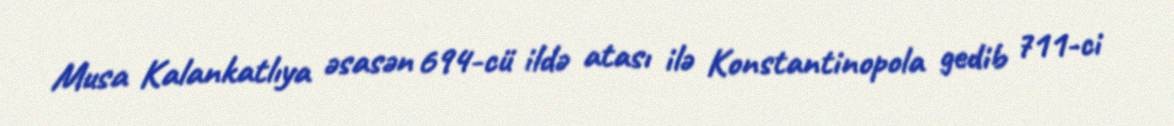
Musa Kalankatlıya əsasən 694-cü ildə atası ilə Konstantinopola gedib 711-ci